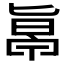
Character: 𠤞